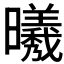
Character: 𣌀